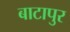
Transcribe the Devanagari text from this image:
बाटापुर